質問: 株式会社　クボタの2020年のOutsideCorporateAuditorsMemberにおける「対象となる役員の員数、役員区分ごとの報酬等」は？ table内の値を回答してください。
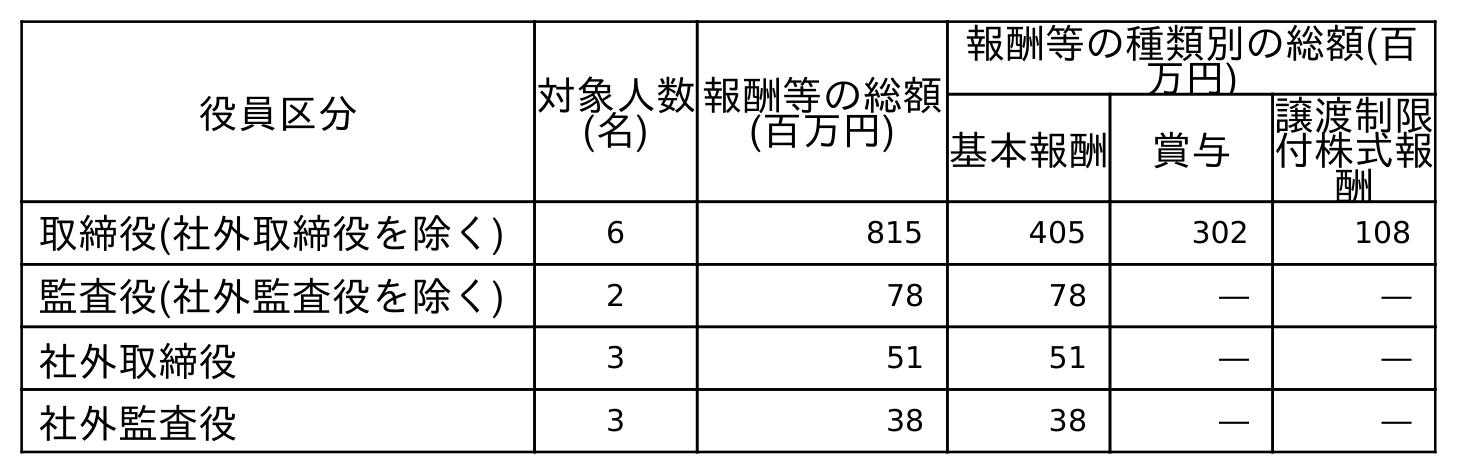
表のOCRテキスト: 役員区分 対象人数 (名) 報酬等の総額 (百万円) 報酬等の種類別の総額(百 万円) 基本報酬 賞与 譲渡制限 付株式報 酬 取締役(社外取締役を除く) 6 815 405 302 108 監査役(社外監査役を除く) 2 78 78 ― ― 社外取締役 3 51 51 ― ― 社外監査役 3 38 38 ― ―
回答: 3